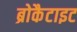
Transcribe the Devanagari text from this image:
ब्रोकैटाइट